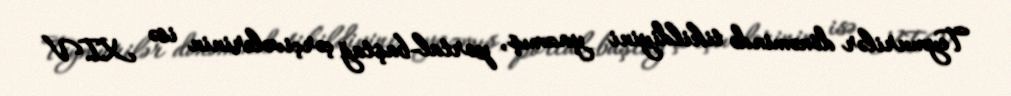
Teymurilər dönəmində tikildiyini yazmış, portal-baştağ çərçivələrinin isə XIV